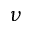
\nu